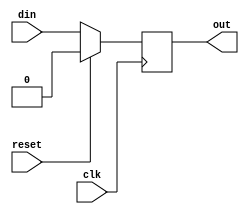
`timescale 1ns / 1ps
module d_flip_flop ( out, din ,clk ,reset  );

output reg out ; //needs to be an reg because it is used to hold values even after the clock pulse. 
input wire din, clk,reset ;//can be wires as it need not hold a value. 

always @ (posedge (clk)) begin
 if (reset)
  out <= 0;
 else
  out <= din ;
end

endmodule